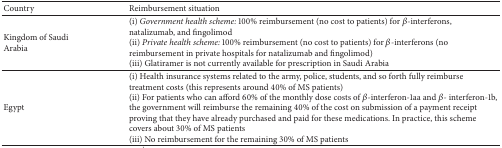
<table><thead><tr><td><b>Country</b></td><td><b>Reimbursement situation</b></td></tr></thead><tbody><tr><td>Kingdom of Saudi Arabia</td><td>(i) <i>Government health scheme:</i> 100% reimbursement (no cost to patients) for <i>β</i>-interferons, natalizumab, and fingolimod(ii) <i>Private health scheme:</i> 100% reimbursement (no cost to patients) for <i>β</i>-interferons (no reimbursement in private hospitals for natalizumab and fingolimod) (iii) Glatiramer is not currently available for prescription in Saudi Arabia</td></tr><tr><td>Egypt</td><td>(i) Health insurance systems related to the army, police, students, and so forth fully reimburse treatment costs (this represents around 40% of MS patients)(ii) For patients who can afford 60% of the monthly dose costs of <i>β</i>-interferon-1aa and <i>β</i>- interferon-1b, the government will reimburse the remaining 40% of the cost on submission of a payment receipt proving that they have already purchased and paid for these medications. In practice, this scheme covers about 30% of MS patients(iii) No reimbursement for the remaining 30% of MS patients</td></tr></tbody></table>